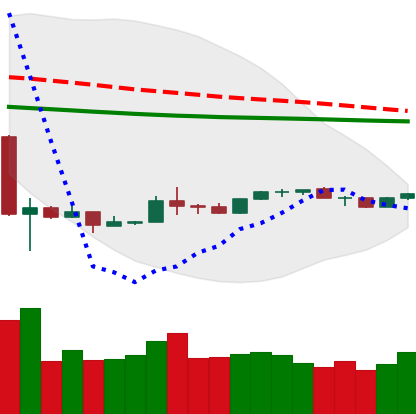
Ticker: NEO-USD
Chart end date: 2020-03-31
Forward return: 3.747%
Label: up_3_5